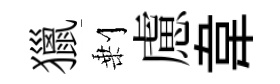
獵剰慮韋